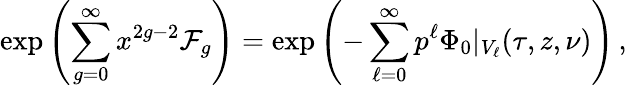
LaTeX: \exp\left(\sum_{g=0}^{\infty}x^{2g-2}\mathcal{F}_{g}\right)=\exp\left(-\sum_{\ell=0}^{\infty}p^{\ell}\Phi_{0}\vert_{V_{\ell}}(\tau,z,\nu)\right)\, ,